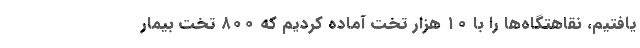
یافتیم، نقاهتگاه‌ها را با ۱۰ هزار تخت آماده کردیم که ۸۰۰ تخت بیمار